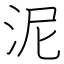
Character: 泥